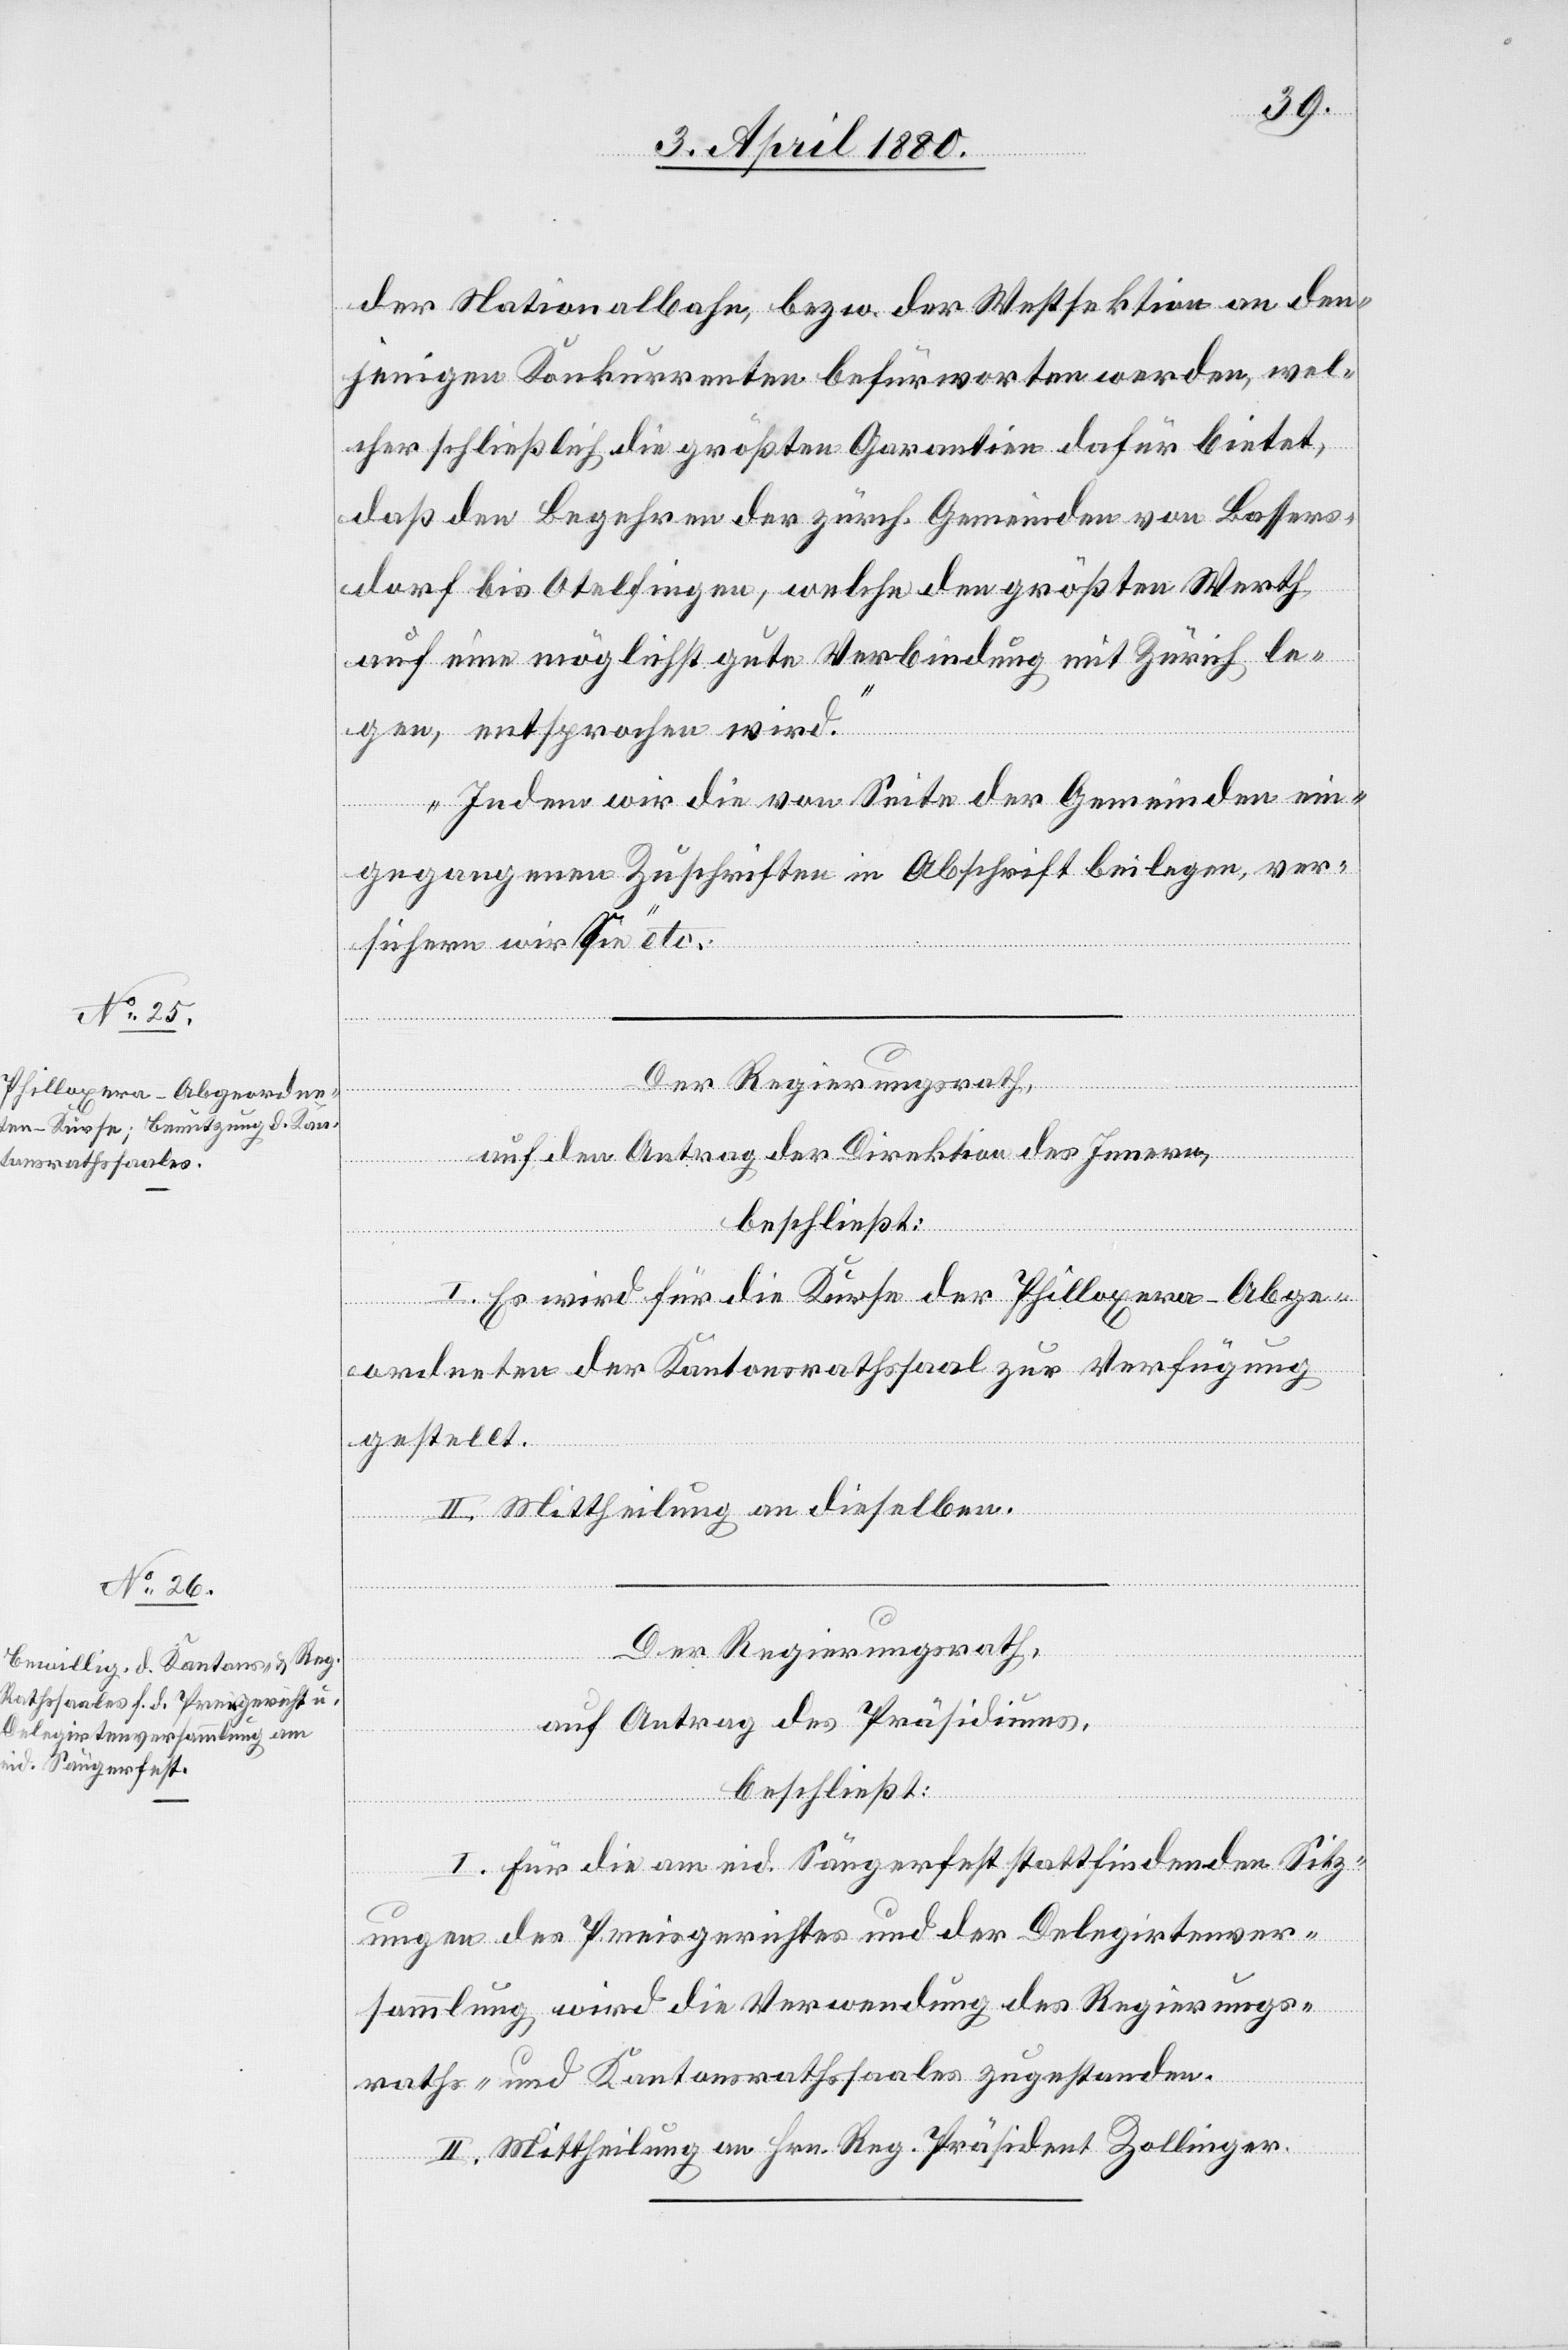
der Nationalbahn, bezw. der Westsektion an den¬
jenigen Konkurrenten befürworten werden, wel¬
cher schließlich die größten Garantien dafür bietet,
daß den Begehren der zürch. Gemeinden von Bassers¬
dorf bis Otelfingen, welche den größten Werth
auf eine möglichst gute Verbindung mit Zürich le¬
gen, entsprochen wird.
Indem wir die von Seite der Gemeinden ein¬
gegangenen Zuschriften in Abschrift beilegen, ver¬
sichern wir Sie“ etc.
Der Regierungsrath,
auf den Antrag der Direktion des Innern,
beschließt:
I. Es wird für die Kurse der Philloxera-Abge¬
ordneten der Kantonsrathssaal zur Verfügung
gestellt.
II. Mittheilung an dieselben.
Der Regierungsrath;
auf Antrag des Präsidiums,
beschließt:
I. Für die am eid. Sängerfest stattfindenden Sitz¬
ungen des Preisgerichtes und der Delegirtenver¬
sammlung wird die Verwendung des Regierungs¬
raths- & Kantonsrathssaales zugestanden.
II. Mittheilung an Hrn. Reg. Präsident Zollinger.